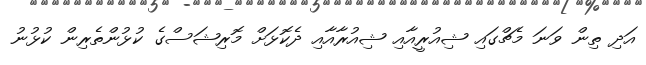
އަދި ތިން ވަނަ މެޗްގައި ޝިއުރީއާއި ޝިއުރާއާއި ދެކޮޅަށް މޮރިޝަސްގެ ކުޅުންތެރިން ކުޅުނު